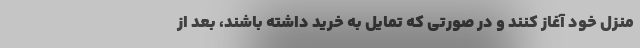
منزل خود آغاز کنند و در صورتی که تمایل به خرید داشته باشند، بعد از